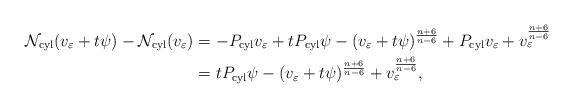
LaTeX: \begin{align*}\mathcal{N}_{\rm cyl}(v_{\varepsilon}+t\psi)-\mathcal{N}_{\rm cyl}(v_{\varepsilon})&=-P_{\rm cyl}v_{\varepsilon}+tP_{\rm cyl}\psi-(v_{\varepsilon}+t\psi)^{\frac{n+6}{n-6}}+P_{\rm cyl}v_{\varepsilon}+v_{\varepsilon}^{\frac{n+6}{n-6}}&\\&=tP_{\rm cyl}\psi-(v_{\varepsilon}+t\psi)^{\frac{n+6}{n-6}}+v_{\varepsilon}^{\frac{n+6}{n-6}},\end{align*}